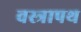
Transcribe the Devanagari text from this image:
वस्त्रापथ